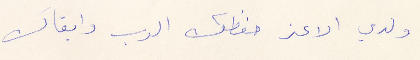
ولدي الاعز حفظك الرب وابقاك